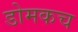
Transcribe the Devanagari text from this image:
डोमकच